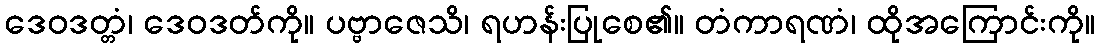
ဒေဝဒတ္တံ၊ ဒေဝဒတ်ကို။ ပဗ္ဗာဇေသိ၊ ရဟန်းပြုစေ၏။ တံကာရဏံ၊ ထိုအကြောင်းကို။